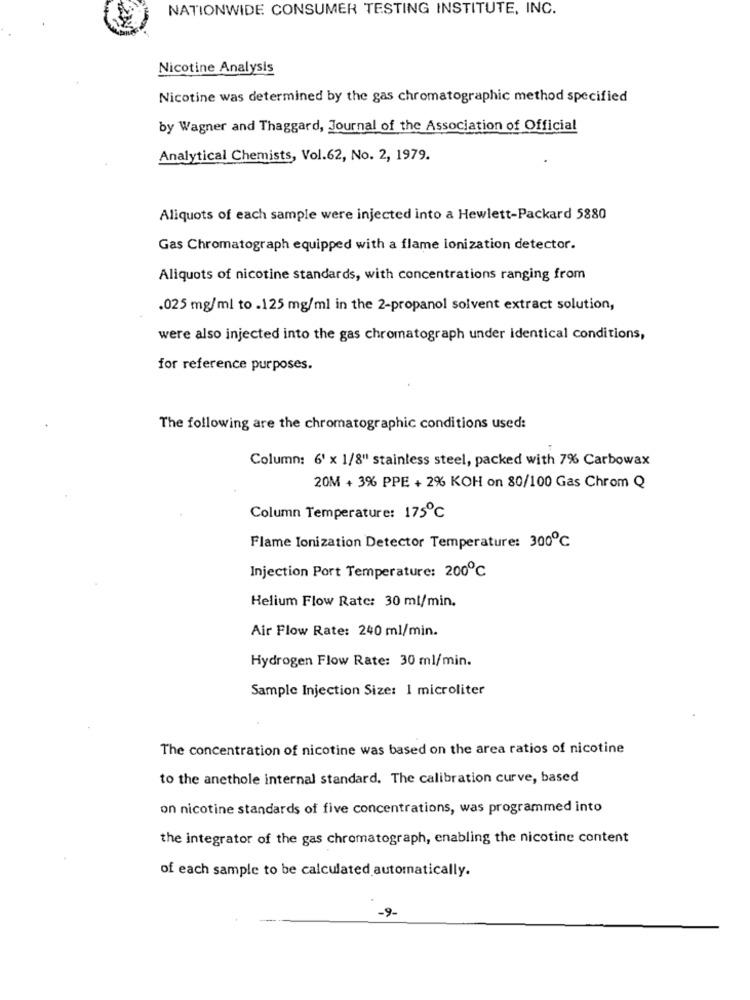
NATIONWIDE CONSUMER TESTING INSTITUTE, INC.
Nicotine Analysis
Nicotine was determined by the gas chromatographic method specified
by Wagner and Thaggard, Journal of the Association of Official
Analytical Chemists, Vol.62, No. 2, 1979.
Aliquots of each sample were injected into a Hewlett-Packard 5880
Gas Chromatograph equipped with a flame ionization detector.
Aliquots of nicotine standards, with concentrations ranging from
.025 mg/ml to .125 mg/ml in the 2-propanol solvent extract solution,
were also injected into the gas chromatograph under identical conditions,
for reference purposes.
The following are the chromatographic conditions used:
Column: 6' x 1/8" stainless steel, packed with 7% Carbowax
20M + 3% PPE + 2% KOH on 80/100 Gas Chrom Q
Column Temperature: 175℃
Flame Ionization Detector Temperature: 300℃
Injection Port Temperature: 200℃
Helium Flow Rate: 30 ml/min.
Air Flow Rate: 240 ml/min.
Hydrogen Flow Rate: 30 ml/min.
Sample Injection Size: 1 microliter
The concentration of nicotine was based on the area ratios of nicotine
to the anethole internal standard. The calibration curve, based
on nicotine standards of five concentrations, was programmed into
the integrator of the gas chromatograph, enabling the nicotine content
of each sample to be calculated automatically.
-9-